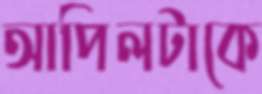
আপিলটাকে